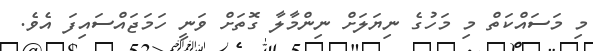
މި މަސައްކަތް މި މަހުގެ ނިޔަލަށް ނިންމާލާ ގޮތަށް ވަނީ ހަމަޖައްސައިފަ އެވެ.